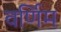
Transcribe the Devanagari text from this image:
वर्णिम